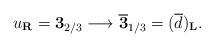
LaTeX: \begin{align*}u_{\bf R}={\bf 3}_{2/3} \longrightarrow \overline {\bf 3}_{1/3}=(\overline d)_{\bf L}.\end{align*}